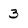
Character: 3